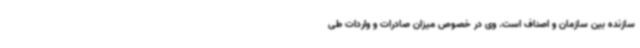
سازنده بین سازمان و اصناف است. وی در خصوص میزان صادرات و واردات طی